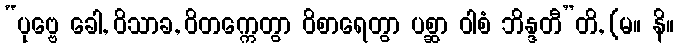
“ပုဗ္ဗေ ခေါ, ဝိသာခ, ဝိတက္ကေတွာ ဝိစာရေတွာ ပစ္ဆာ ဝါစံ ဘိန္ဒတီ”တိ, (မ။ နိ။